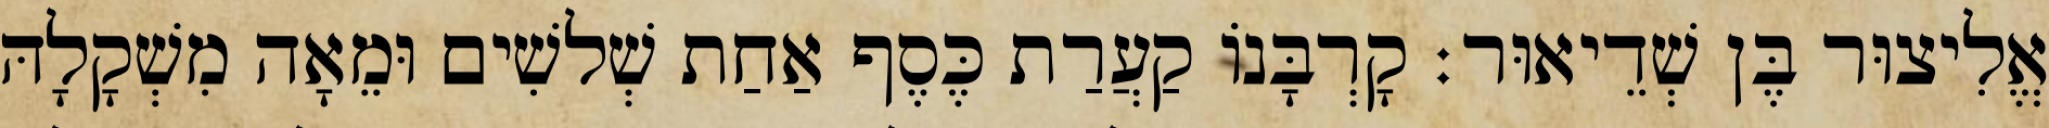
אֱלִיצוּר בֶּן שְׁדֵיאוּר׃ קָרְבָּנוֹ קַעֲרַת כֶּסֶף אַחַת שְׁלשִׁים וּמֵאָה מִשְׁקָלָהּ